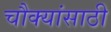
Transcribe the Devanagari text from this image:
चौक्यांसाठी